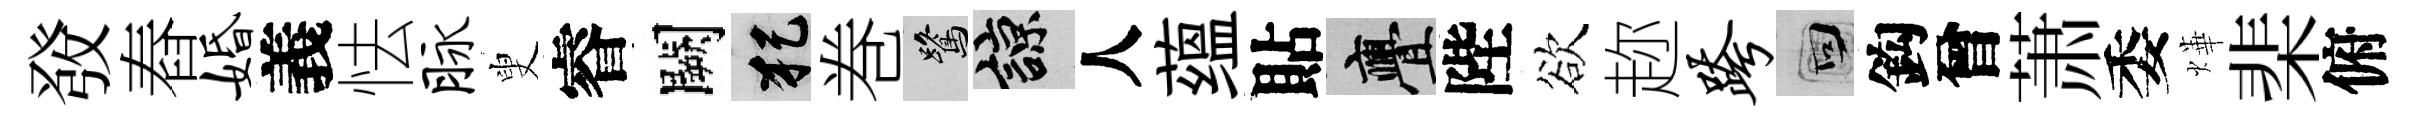
𤼲舂婚義怯脉叟睿闕犯巻鷺諒人蕴貼亹陛欲趂跨回鈎曾萧委燁棐俯